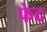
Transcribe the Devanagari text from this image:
फेद